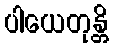
ပါယေတုန္တိ